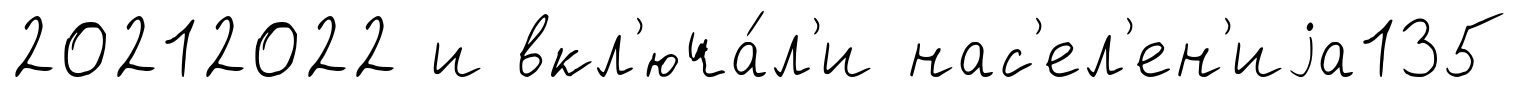
20212022 и вкл'юча́л'и нас'ел'ен'иjа135